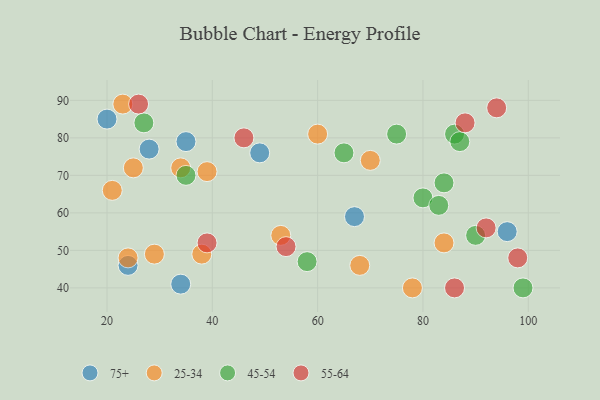
{"axis": {"x": "GDP", "y": "Life Expectancy"}, "legend": ["25-34", "45-54", "55-64", "75+"], "data": [{"x": "34", "y": 41, "type": "75+"}, {"x": "24", "y": 46, "type": "75+"}, {"x": "35", "y": 79, "type": "75+"}, {"x": "96", "y": 55, "type": "75+"}, {"x": "49", "y": 76, "type": "75+"}, {"x": "67", "y": 59, "type": "75+"}, {"x": "20", "y": 85, "type": "75+"}, {"x": "28", "y": 77, "type": "75+"}, {"x": "53", "y": 54, "type": "25-34"}, {"x": "23", "y": 89, "type": "25-34"}, {"x": "70", "y": 74, "type": "25-34"}, {"x": "21", "y": 66, "type": "25-34"}, {"x": "29", "y": 49, "type": "25-34"}, {"x": "68", "y": 46, "type": "25-34"}, {"x": "24", "y": 48, "type": "25-34"}, {"x": "38", "y": 49, "type": "25-34"}, {"x": "39", "y": 71, "type": "25-34"}, {"x": "60", "y": 81, "type": "25-34"}, {"x": "25", "y": 72, "type": "25-34"}, {"x": "34", "y": 72, "type": "25-34"}, {"x": "78", "y": 40, "type": "25-34"}, {"x": "84", "y": 52, "type": "25-34"}, {"x": "65", "y": 76, "type": "45-54"}, {"x": "58", "y": 47, "type": "45-54"}, {"x": "99", "y": 40, "type": "45-54"}, {"x": "80", "y": 64, "type": "45-54"}, {"x": "86", "y": 81, "type": "45-54"}, {"x": "83", "y": 62, "type": "45-54"}, {"x": "27", "y": 84, "type": "45-54"}, {"x": "87", "y": 79, "type": "45-54"}, {"x": "84", "y": 68, "type": "45-54"}, {"x": "90", "y": 54, "type": "45-54"}, {"x": "75", "y": 81, "type": "45-54"}, {"x": "35", "y": 70, "type": "45-54"}, {"x": "54", "y": 51, "type": "55-64"}, {"x": "39", "y": 52, "type": "55-64"}, {"x": "94", "y": 88, "type": "55-64"}, {"x": "98", "y": 48, "type": "55-64"}, {"x": "88", "y": 84, "type": "55-64"}, {"x": "86", "y": 40, "type": "55-64"}, {"x": "92", "y": 56, "type": "55-64"}, {"x": "46", "y": 80, "type": "55-64"}, {"x": "26", "y": 89, "type": "55-64"}]}